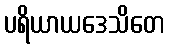
ပရိယာယဒေသိတေ